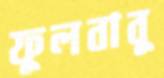
ফুলবাবু